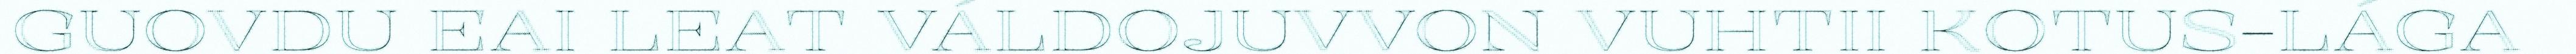
GUOVDU EAI LEAT VÁLDOJUVVON VUHTII KOTUS-LÁGA